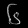
Digit: ၆